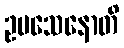
ဥပသေနောတိ